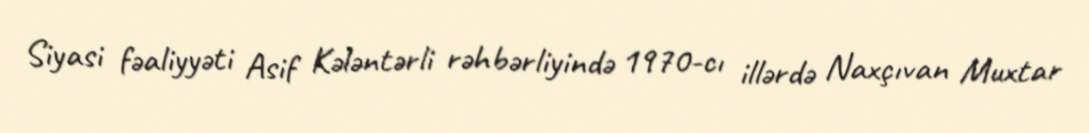
Siyasi fəaliyyəti Asif Kələntərli rəhbərliyində 1970-cı illərdə Naxçıvan Muxtar